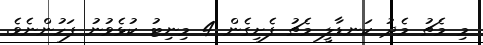
މި މެޗު މެދު ކަނޑާލީ މެޗު ފެށިގެން 4 މިނިޓު ކުޅެވުނު ފަހުންނެވެ.